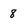
Character: 8